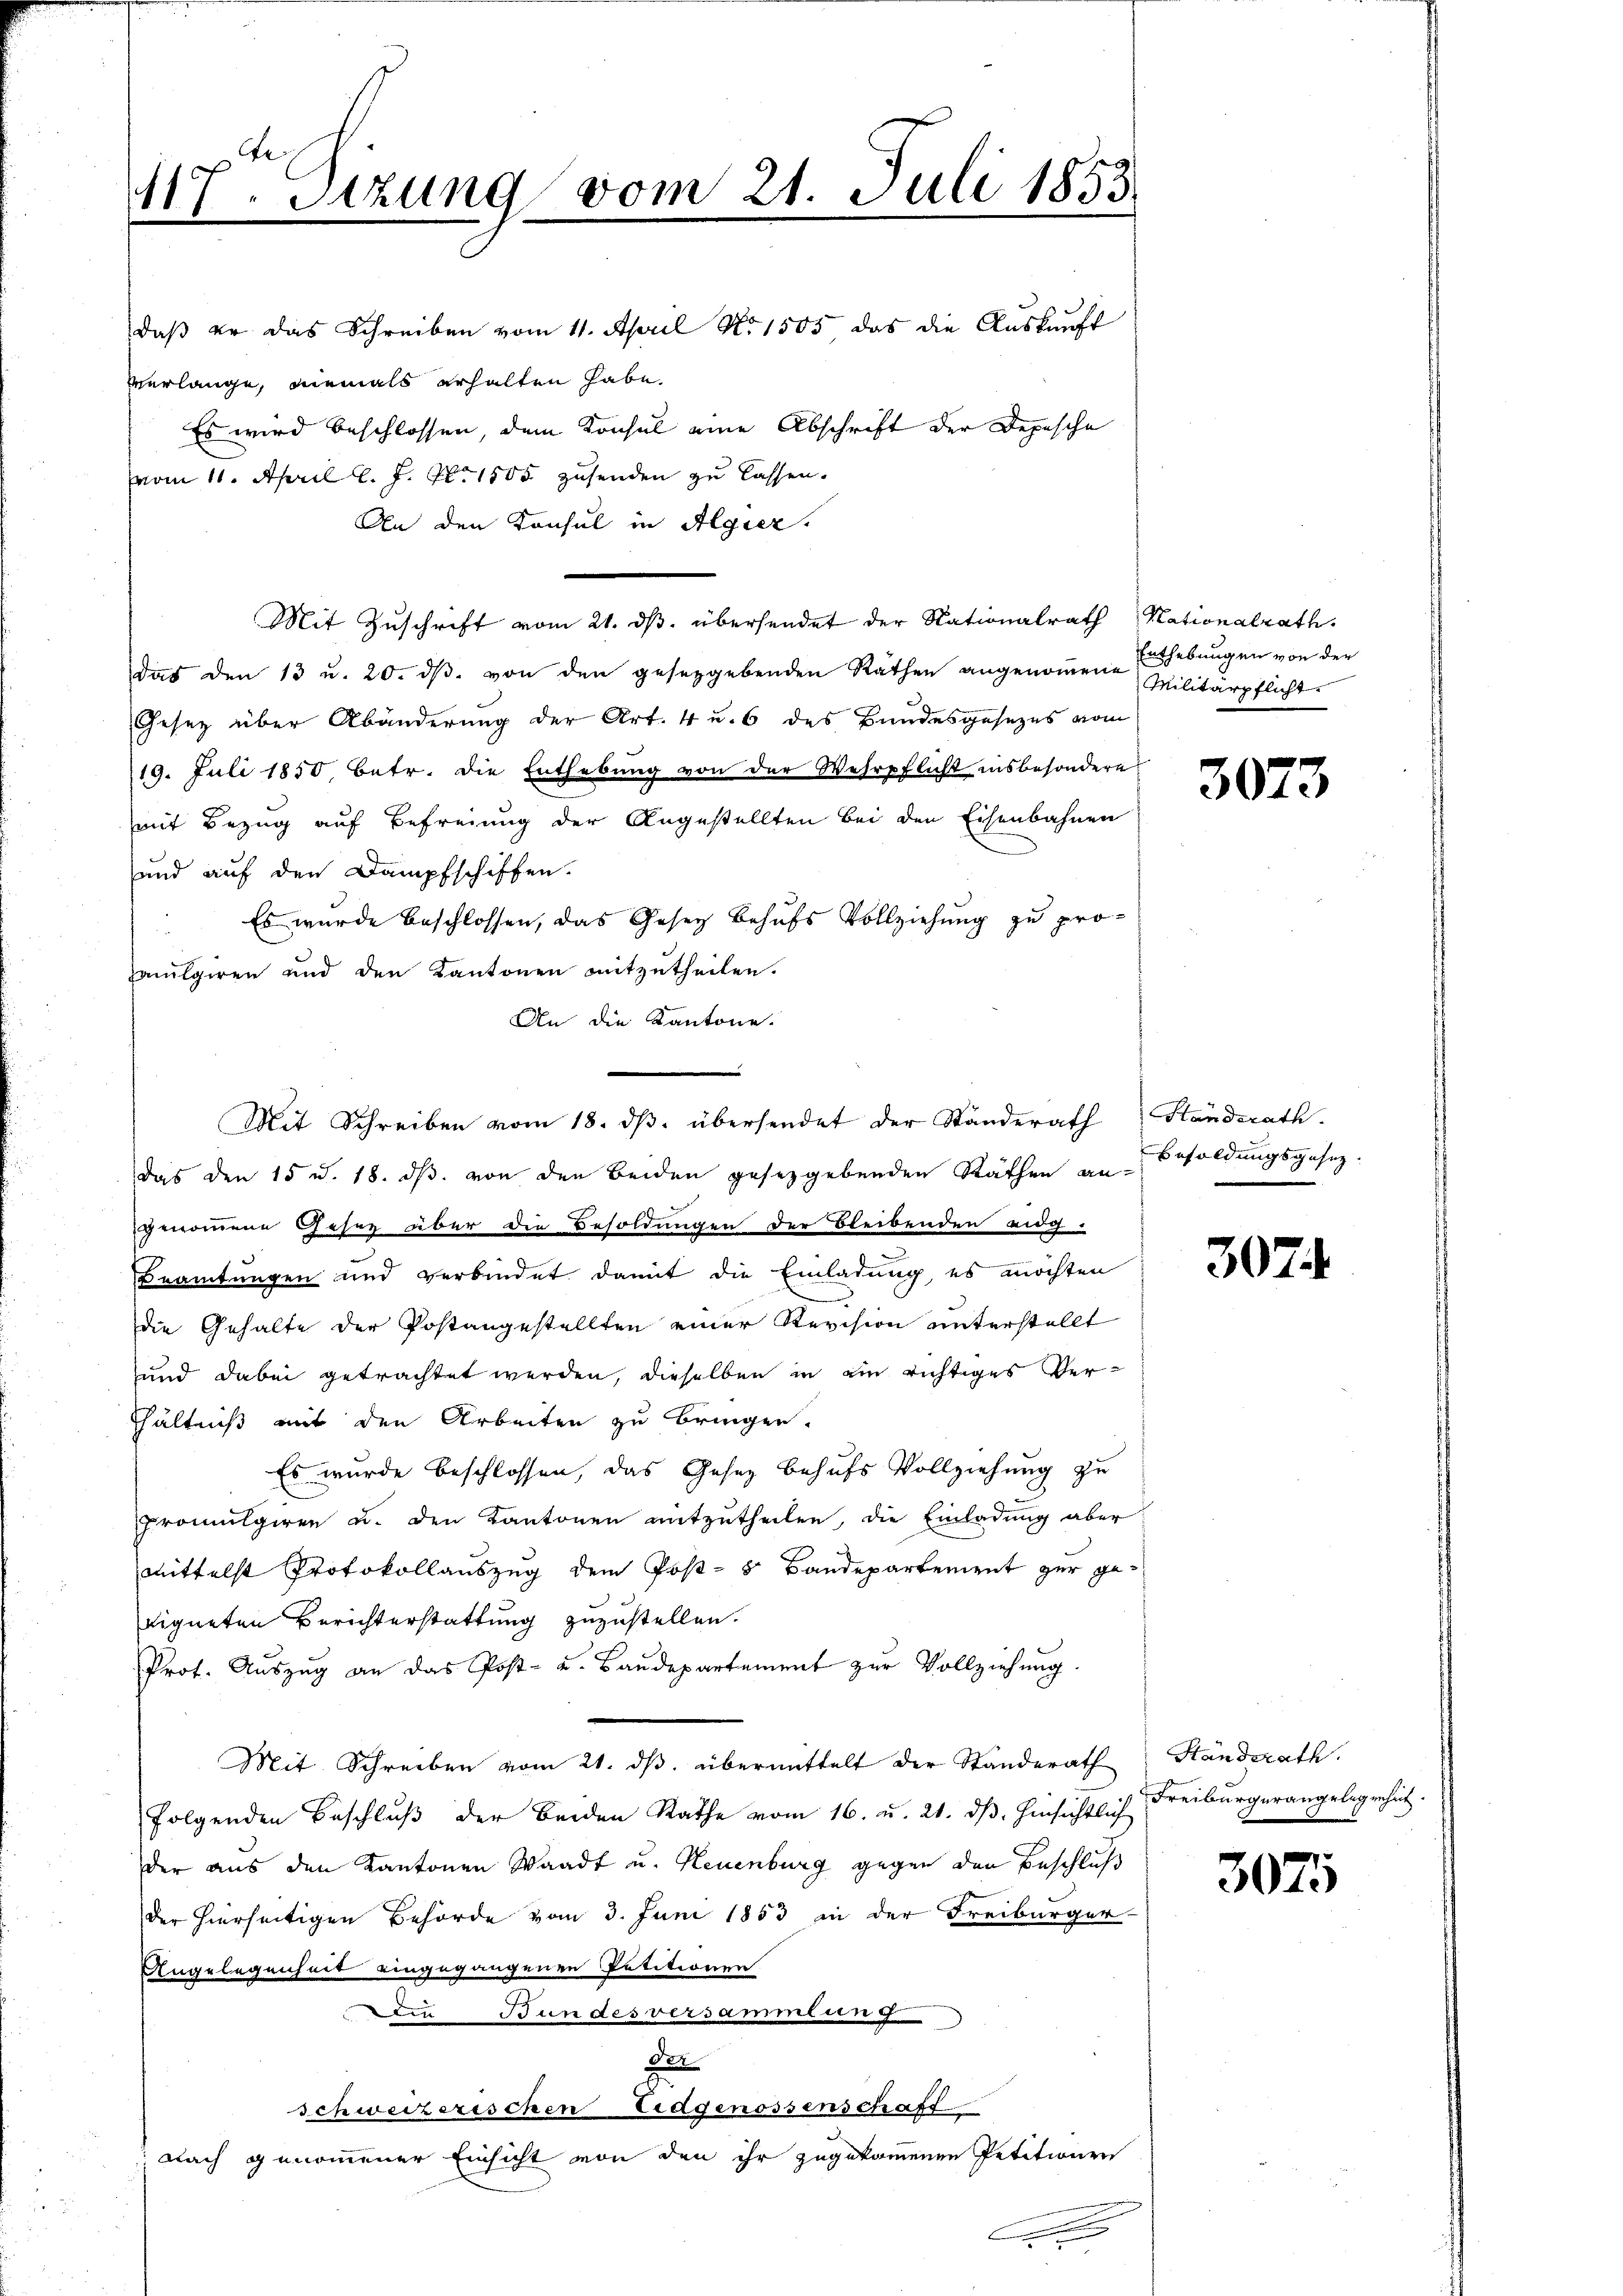
117. Sitzung vom 21. Juli 1853.
2
daß er das Schreiben vom 11. April No 1505 das die Auskauft
verlange, niemals erhalten habe,
Es wird beschlossen, dem Konsul eine Abschrift der Depesche
vom 11. April l. J. No 1505 zusenden zu lassen.

An den Konsul in Algier.
Mit Zuschrift vom 21. ds. übersendet der Nationalrath Nationalrath,
das den 13 u. 20. dβ. von den gesetzgebenden Räthen angenoṁene Militärpflichte
Gesetz über Abänderung der Art. 4 u. 6 des Bundesgesezes vom
19. Juli 1850, betr. die Enthebŭng von der Wehrpflicht insbesondere
mit Bezug auf Befreiung der Angestellten bei den Eisenbahnen
und auf den Dampfschiffen.
Es wurde beschlossen, das Gesetz behufs Vollziehung zu proalgieren und den Kantonen mitzutheilen.
An die Kantone.
das den 15 u. 18. dβ. von den Beiden gesetzgebenden Räthen an Besoldungsgesezgenommene Gesetz über die Besoldungen der Bleibenden aug-
Beamtungen und verbindet damit die Einladung, es möchten
die Gehalte der Postangestellten einer Revision unterstellt
und dabei getrachtet werden, dieselben in ein richtiges Verfhältniß mit den Arbeiten zu bringen.
Es wurde beschlossen, das Gesetz behufs Vollziehung zu
promulgiren u. den Kantonen mitzutheilen, die Einladung aber
mittelst Protokollauszug dem Post- 8 Bandepartement zur geeigneten Berichterstattung zuzustellen.
Prot. Aŭszŭg an das Post- u. Baŭdepartement zŭr Vollziehŭng.
Mit Schreiben vom 21. ds. übermittelt der Standerath
folgenden Beschluß der Beiden Rathe vom 16. u. 21. dß. Hinsichtlich Freiburgerangelegenheit.
der aus den Kantonen Waadt u. Neuenburg gegen den Beschluß
der hierseitigen Behörde vom 3. Juni 1853 in der Freiburger-
Angelegenheit eingegangenen Petitionen
Die Bundesversammlung
d
schweizerischen Eidgenossenschaft
 Nach genommener Einsicht von den ihr zugekommenen Petitionen

Mit Schreiben vom 18. ds. übersendet der Ständerath

Enthebungen von der

3073

SStandsrath

307

Ständerath.

3075